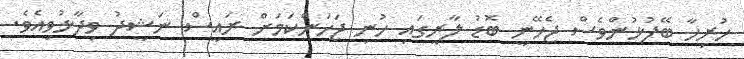
ހުރިހާ ބޭފުޅުންވެސް ޖެހޭނީ ބޮޑު ލާރީގައި ހުނި ޖަހަންކަމަށް ރައީސް ނަޝީދު ވިދާޅުވިއެވެ.